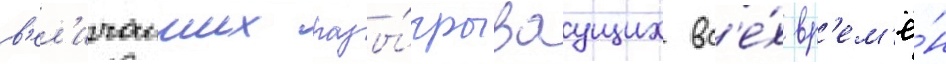
в'ел'ичаиших разы́грываущих вс'е́х вр'ем'ё́н